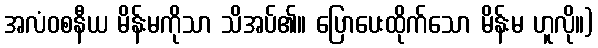
အလံဝစနီယ မိန်းမကိုသာ သိအပ်၏။ ပြောပေးထိုက်သော မိန်းမ ဟူလို။)